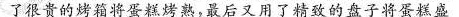
了很贵的烤箱将蛋糕烤熟，最后又用了精致的盘子将蛋糕盛